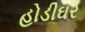
હોડીઘર